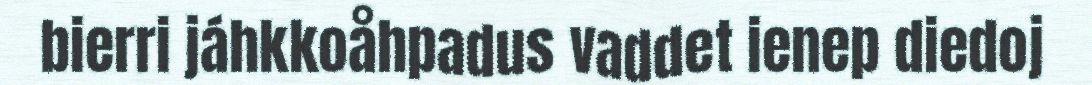
bierri jáhkkoåhpadus vaddet ienep diedoj